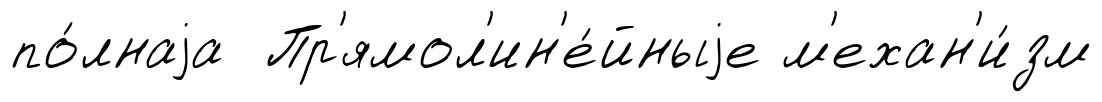
по́лнаjа Пр'ямол'ин'е́йныjе м'ехан'и́зм